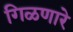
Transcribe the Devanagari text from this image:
गिळणारे